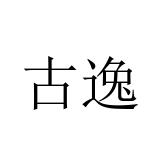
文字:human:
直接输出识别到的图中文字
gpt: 古逸